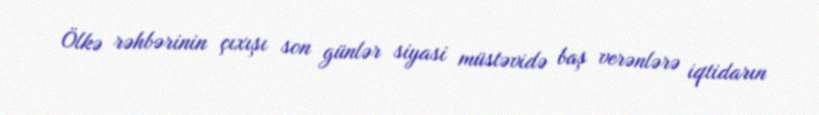
Ölkə rəhbərinin çıxışı son günlər siyasi müstəvidə baş verənlərə iqtidarın